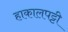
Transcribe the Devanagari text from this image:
हाकालपट्टी